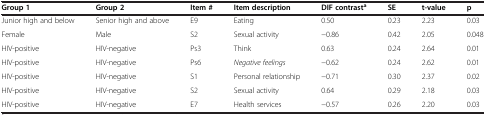
| Group 1 | Group 2 | Item # | Item description | DIF contrasta | SE | t-value | p |
 | --- | --- | --- | --- | --- | --- | --- | --- |
 | Junior high and below | Senior high and above | E9 | Eating | 0.50 | 0.23 | 2.23 | 0.03 |
 | Female | Male | S2 | Sexual activity | −0.86 | 0.42 | 2.05 | 0.048 |
 | HIV-positive | HIV-negative | Ps3 | Think | 0.63 | 0.24 | 2.64 | 0.01 |
 | HIV-positive | HIV-negative | Ps6 | Negative feelings | −0.62 | 0.24 | 2.62 | 0.01 |
 | HIV-positive | HIV-negative | S1 | Personal relationship | −0.71 | 0.30 | 2.37 | 0.02 |
 | HIV-positive | HIV-negative | S2 | Sexual activity | 0.64 | 0.29 | 2.18 | 0.03 |
 | HIV-positive | HIV-negative | E7 | Health services | −0.57 | 0.26 | 2.20 | 0.03 |